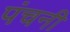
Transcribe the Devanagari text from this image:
पंचनी